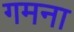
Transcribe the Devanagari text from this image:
गमना